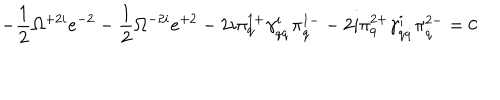
LaTeX: - \frac 1 2 \Omega ^ { + 2 i } e ^ { - 2 } - \frac 1 2 \Omega ^ { - 2 i } e ^ { + 2 } - 2 i \pi _ { q } ^ { 1 + } \gamma _ { q \dot { q } } ^ { i } \pi _ { \dot { q } } ^ { 1 - } - 2 i \pi _ { q } ^ { 2 + } \gamma _ { q \dot { q } } ^ { i } \pi _ { \dot { q } } ^ { 2 - } = 0